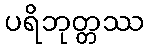
ပရိဘုတ္တဿ